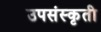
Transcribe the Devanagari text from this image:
उपसंस्कृती